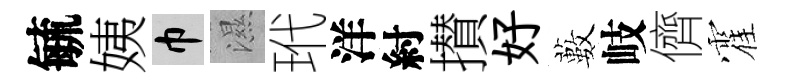
毓姨巾濕玳洋紂攅好藪岐儕霍